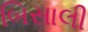
બિસાલી